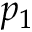
p _ { 1 }